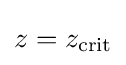
z=z_{\mathrm {crit} }